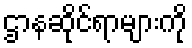
ဌာနဆိုင်ရာများကို